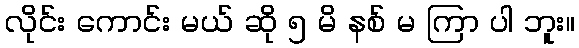
လိုင်း ကောင်း မယ် ဆို ၅ မိ နစ် မ ကြာ ပါ ဘူး။